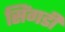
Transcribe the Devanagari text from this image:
सिंगडी